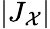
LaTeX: |J_{\mathcal{X}}|